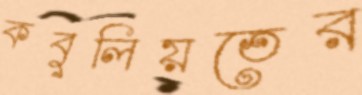
কবুলিয়তের